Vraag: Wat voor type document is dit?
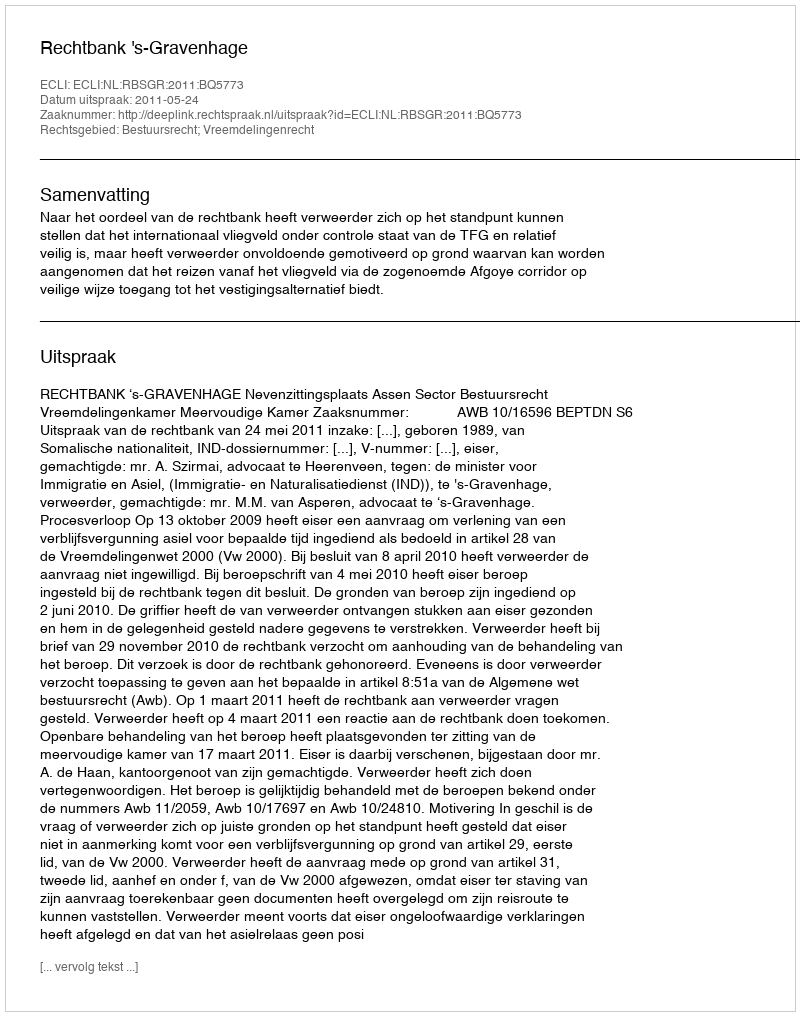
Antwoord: Uitspraak